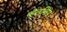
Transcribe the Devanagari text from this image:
व्हेलशिप